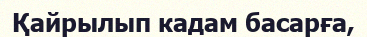
Қайрылып кадам басарға,